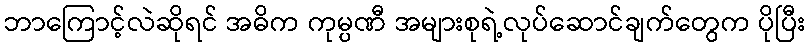
ဘာကြောင့်လဲဆိုရင် အဓိက ကုမ္ပဏီ အများစုရဲ့လုပ်ဆောင်ချက်တွေက ပိုပြီး